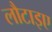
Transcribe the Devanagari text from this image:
लौटाइए